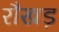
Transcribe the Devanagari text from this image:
रौखड़